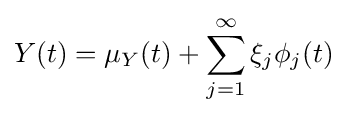
Y(t)=\mu _{Y}(t)+\sum _{j=1}^{\infty }\xi _{j}\phi _{j}(t)